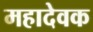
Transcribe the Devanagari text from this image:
महादेवक